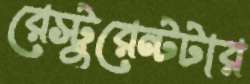
রেস্টুরেন্টটার